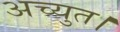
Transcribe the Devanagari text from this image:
अच्युत।